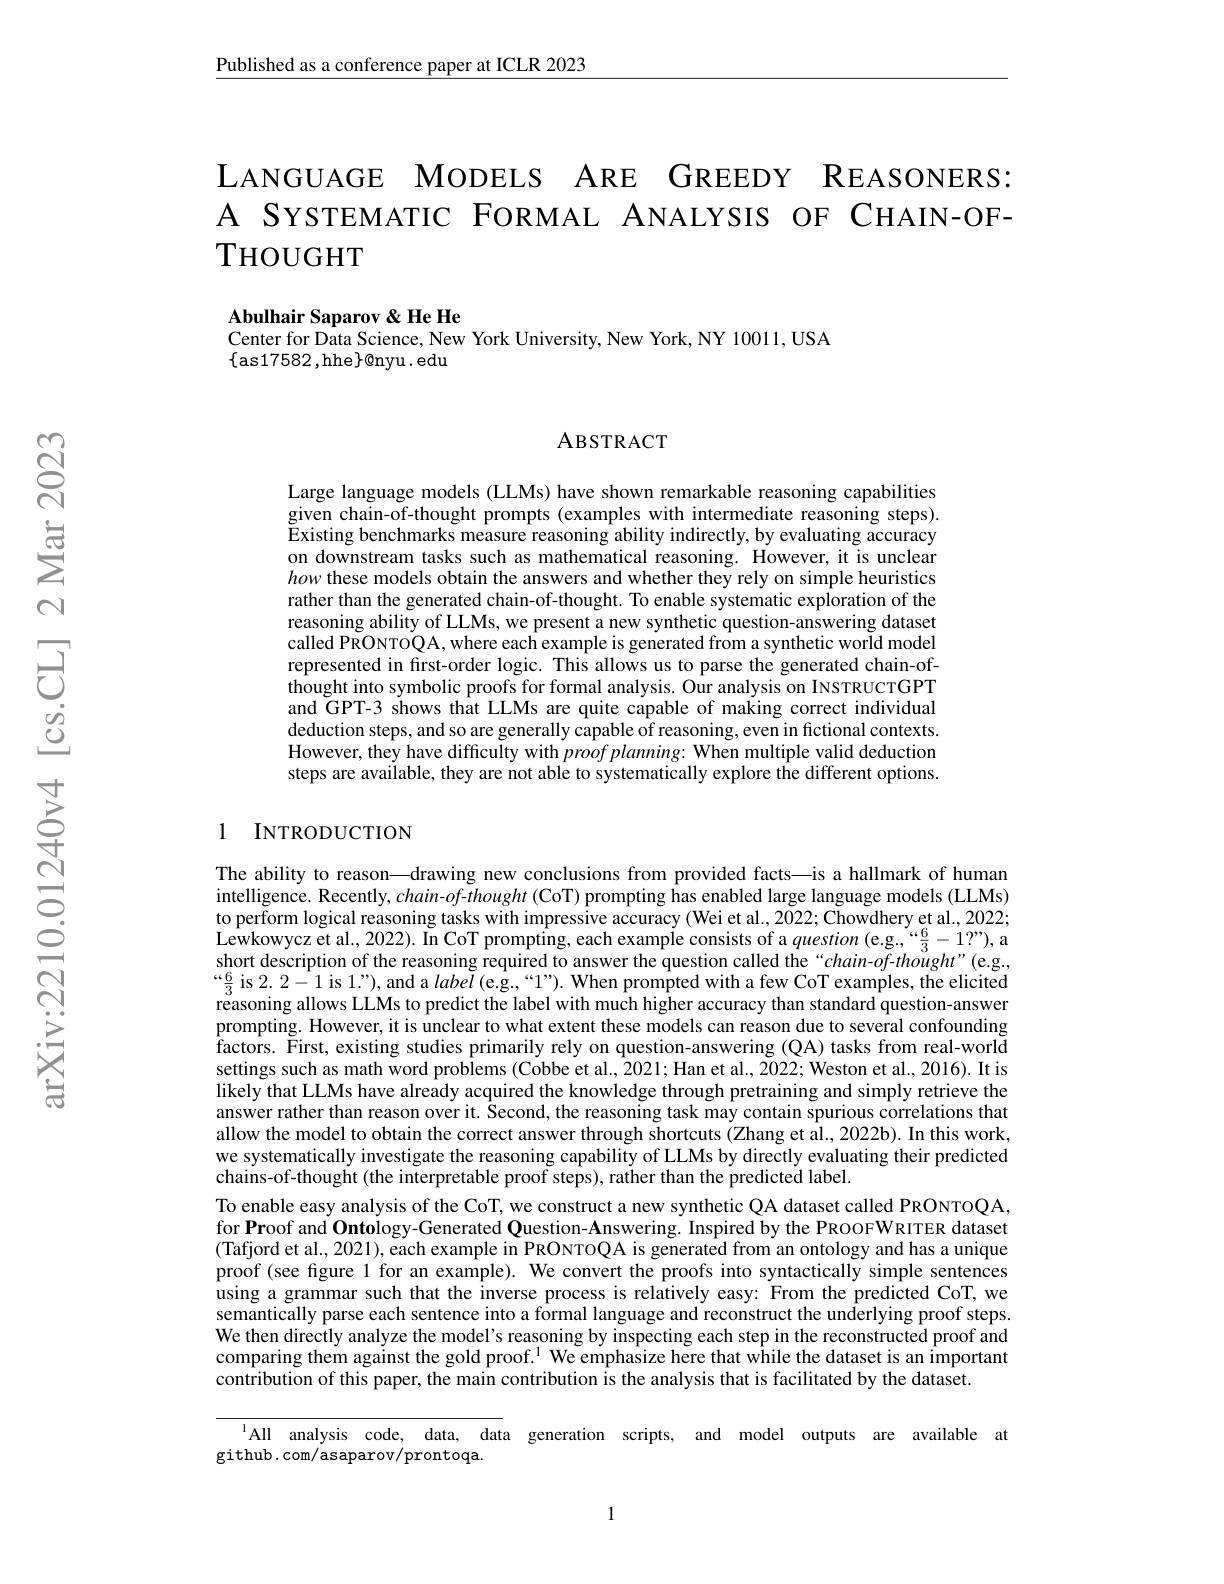
$\underline{\text{Published as a conference paper at ICLR 2023}}$

LANGUAGE MODELS ARE GREEDY REASONERS A SYSTEMATIC FORMAL ANALYSIS OF CHAIN-OFTHOUGHT

Abulhair Saparov &He He
Center for Data Science, New York University, New York, NY 10011, USA
$\{$as17582,hhe$\}$0nyu.edu

### ABSTRACT

Large language models (LLMs) have shown remarkable reasoning capabilities given chain-of-thought prompts (examples with intermediate reasoning steps). $\tilde{\text{Existing benchmarks measure reasoning ability indirectly, by evaluating accuracy}}$ on downstream tasks such as mathematical reasoning. However, it is unclear how these models obtain the answers and whether they rely on simple heuristics rather than the generated chain-of-thought. To enable systematic exploration of the reasoning ability of LLMs, we present a new synthetic question-answering dataset called PRONTOQA, where each example is generated from a synthetic worId model represented in first-order logic. This allows us to parse the generated chain-ofthought into symbolic proofs for formal analysis. Our analysis on INSTRUCTGPT and GPT-3 shows that LLMs are quite capable of making correct individual deduction steps, and so are generally capable of reasoning, even in fictional contexts. However, they have difficulty with $proof\textit{planning: When multiple valid deduction}$ steps are available, they are not able to systematically explore the different options.

### 1 INTRODUCTION

The ability to reason—drawing new conclusions from provided facts—is a hallmark of human intelligence. Recently, $chain-of$-thought (CoT) prompting has enabled large language models (LLMs) to perform logical reasoning tasks with impressive accuracy (Wei et al., 2022; Chowdhery et al., 2022; Lewkowycz et al., 2022). In CoT prompting, each example consists of a question (e.g.,“$\frac63-1?”)$,a short description of the reasoning required to answer the question called the“chain-of-thought”(e.g,) $“\frac{6}{3}$ is 2. 2-1 is 1."), and a label (e.g. `1"). When prompted with a few CoT examples, the elicited reasoning allows LLMs to predict the label with much higher accuracy than standard question-answer prompting. However, it is unclear to what extent these models can reason due to several confounding factors. First, existing studies primarily rely on question-answering (QA) tasks from real-worl$\tilde{\mathrm{d}}$ settings such as math word problems (Cobbe et al., 2021; Han et al., 2022; Weston et al., 2016). It is likely that LLMs have already acquired the knowledge through pretraining and simply retrieve the answer rather than reason over it. Šecond, the reasoning task may contain spurious correlations that allow the model to obtain the correct answer through shortcuts (Zhang et al., 2022b). In this work, we systematically investigate the reasoning capability of LLMs by directly evaluating their predicted chains-of-thought (the interpretable proof steps), rather than the predicted label
To enable easy analysis of the CoT, we construct a new synthetic QA dataset called PRONTOQA, for Proof and Ontology-Generated Question-Answering. Inspired by the PROOFWRITER dataset (Tafjord et al., 2021), each example in PRONTOQA is generated from an ontology and has a unique proof (see figure 1 for an example). We convert the proofs into syntactically simple sentences using a grammar such that the inverse process is relatively easy: From the predicted CoT, we semantically parse each sentence into a formal language and reconstruct the underlying proof steps. We then directly analyze the model's reasoning by inspecting each step in the reconstructed proof and comparing them against the gold proof. $^{1}$ We emphasize here that while the dataset is an important contribution of this paper, the main contribution îs the analysis that is facilitated by the dataset

lAll analysis code, data, data generation scripts, and model outputs are available at
github. com/asaparov/prontoqa.

1